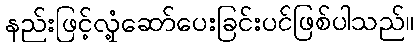
နည်းဖြင့်လှုံ့ဆော်ပေးခြင်းပင်ဖြစ်ပါသည်။